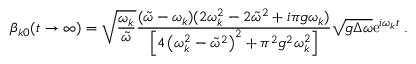
\beta _ { k 0 } ( t \to \infty ) = \sqrt { \frac { \omega _ { k } } { \tilde { \omega } } } \frac { ( \tilde { \omega } - \omega _ { k } ) ( 2 \omega _ { k } ^ { 2 } - 2 \tilde { \omega } ^ { 2 } + i \pi g \omega _ { k } ) } { \left[ 4 \left( \omega _ { k } ^ { 2 } - \tilde { \omega } ^ { 2 } \right) ^ { 2 } + \pi ^ { 2 } g ^ { 2 } \omega _ { k } ^ { 2 } \right] } \sqrt { g \Delta \omega } \mathrm { e } ^ { i \omega _ { k } t } \; .